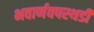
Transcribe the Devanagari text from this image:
भवार्णवपरथडी